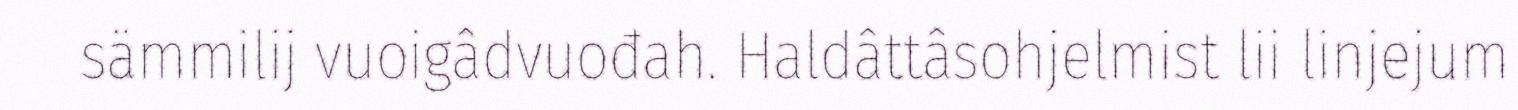
sämmilij vuoigâdvuođah. Haldâttâsohjelmist lii linjejum